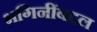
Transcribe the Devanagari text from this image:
भगिनींबद्दल